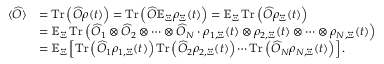
\begin{array} { r l } { \langle \widehat { O } \rangle } & { = \operatorname { T r } \left( \widehat { O } \rho ( t ) \right) = \operatorname { T r } \left( \widehat { O } \mathbb { E } _ { \Xi } \rho _ { \Xi } ( t ) \right) = \mathbb { E } _ { \Xi } \operatorname { T r } \left( \widehat { O } \rho _ { \Xi } ( t ) \right) } \\ & { = \mathbb { E } _ { \Xi } \operatorname { T r } \left( \widehat { O } _ { 1 } \otimes \widehat { O } _ { 2 } \otimes \cdots \otimes \widehat { O } _ { N } \cdot \rho _ { 1 , \Xi } ( t ) \otimes \rho _ { 2 , \Xi } ( t ) \otimes \cdots \otimes \rho _ { N , \Xi } ( t ) \right) } \\ & { = \mathbb { E } _ { \Xi } \left[ \operatorname { T r } \left( \widehat { O } _ { 1 } \rho _ { 1 , \Xi } ( t ) \right) \operatorname { T r } \left( \widehat { O } _ { 2 } \rho _ { 2 , \Xi } ( t ) \right) \cdots \operatorname { T r } \left( \widehat { O } _ { N } \rho _ { N , \Xi } ( t ) \right) \right] . } \end{array}